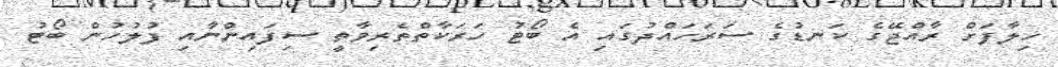
ހިލާފަށް ރާއްޖޭގެ ކަނޑުގެ ސަރަހައްދުގައި އެ ބޯޓު ހަރަކާތްތެރިވާތީ ސިފައިންނާއި ފުލުހުން ބޯޓު